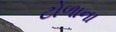
ટોળાના